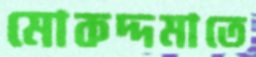
মোকদ্দমাতে